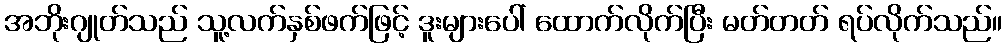
အဘိုးဂျုတ်သည် သူ့လက်နှစ်ဖက်ဖြင့် ဒူးများပေါ် ထောက်လိုက်ပြီး မတ်တတ် ရပ်လိုက်သည်။